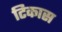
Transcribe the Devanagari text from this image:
टिकास